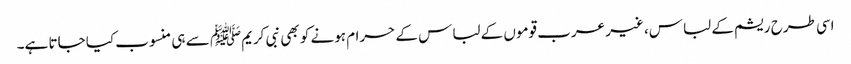
اسی طرح ریشم کے لباس، غیر عرب قوموں کے لباس کے حرام ہونے کو بھی نبی کریمﷺ سے ہی منسوب کیا جاتا ہے۔